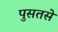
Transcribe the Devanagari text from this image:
पुसतसे